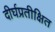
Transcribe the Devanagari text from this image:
दीर्घप्रतीक्षित